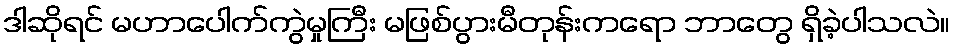
ဒါဆိုရင် မဟာပေါက်ကွဲမှုကြီး မဖြစ်ပွားမီတုန်းကရော ဘာတွေ ရှိခဲ့ပါသလဲ။